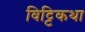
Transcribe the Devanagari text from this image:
विट्टिकथा